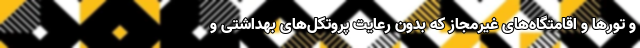
و تورها و اقامتگاه‌های غیرمجاز که بدون رعایت پروتکل‌های بهداشتی و